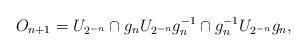
LaTeX: \begin{gather*} O_{n+1} = U_{2^{-n}} \cap g_n U_{2^{-n}} g_n^{-1} \cap g_n^{-1} U_{2^{-n}} g_n, \end{gather*}